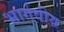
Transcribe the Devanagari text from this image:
भार्गवीय